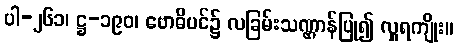
ပါ-၂၆၁၊ ဋ္ဌ-၁၉၀၊ ဗောဓိပင်၌ လခြမ်းသဏ္ဌာန်ပြု၍ လှူရကျိုး။